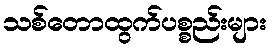
သစ်တောထွက်ပစ္စည်းများ